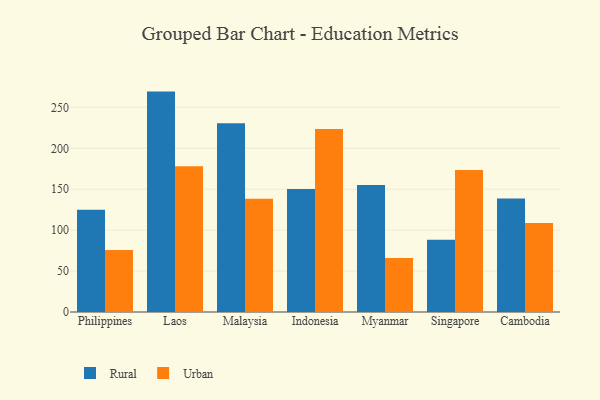
{"axis": {"x": "Country", "y": "Website Visitors"}, "legend": ["Rural", "Urban"], "data": [{"x": "Philippines", "y": 124.9, "type": "Rural"}, {"x": "Philippines", "y": 75.8, "type": "Urban"}, {"x": "Laos", "y": 269.3, "type": "Rural"}, {"x": "Laos", "y": 178.0, "type": "Urban"}, {"x": "Malaysia", "y": 230.6, "type": "Rural"}, {"x": "Malaysia", "y": 138.4, "type": "Urban"}, {"x": "Indonesia", "y": 150.3, "type": "Rural"}, {"x": "Indonesia", "y": 223.6, "type": "Urban"}, {"x": "Myanmar", "y": 155.3, "type": "Rural"}, {"x": "Myanmar", "y": 65.9, "type": "Urban"}, {"x": "Singapore", "y": 88.2, "type": "Rural"}, {"x": "Singapore", "y": 173.4, "type": "Urban"}, {"x": "Cambodia", "y": 138.8, "type": "Rural"}, {"x": "Cambodia", "y": 108.8, "type": "Urban"}]}